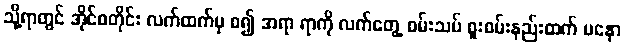
သို့ရာတွင် အိုင်စတိုင်း လက်ထက်မှ စ၍ အရာ ရာကို လက်တွေ့ စမ်းသပ် စူးစမ်းနည်းထက် မနော